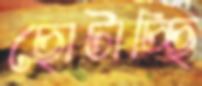
ছোটাচ্ছি